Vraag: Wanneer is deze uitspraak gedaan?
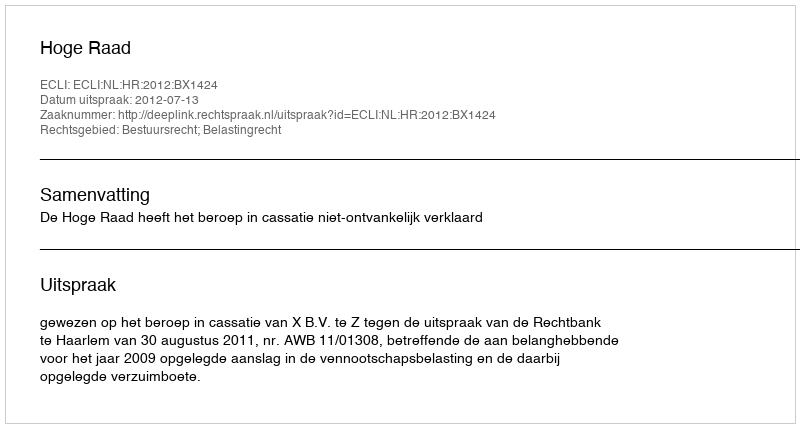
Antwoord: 2012-07-13